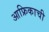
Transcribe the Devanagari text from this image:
आफ्रिकाची